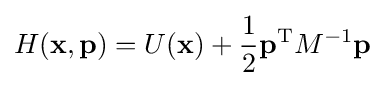
H(\mathbf {x} ,\mathbf {p} )=U(\mathbf {x} )+{\dfrac {1}{2}}\mathbf {p} ^{\text{T}}M^{-1}\mathbf {p}